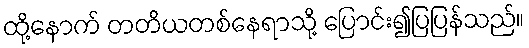
ထို့နောက် တတိယတစ်နေရာသို့ ပြောင်း၍ပြပြန်သည်။